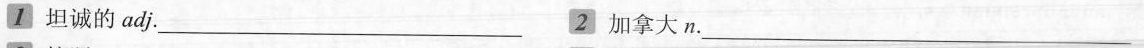
1坦诚的adj.___ 2加拿大n.___